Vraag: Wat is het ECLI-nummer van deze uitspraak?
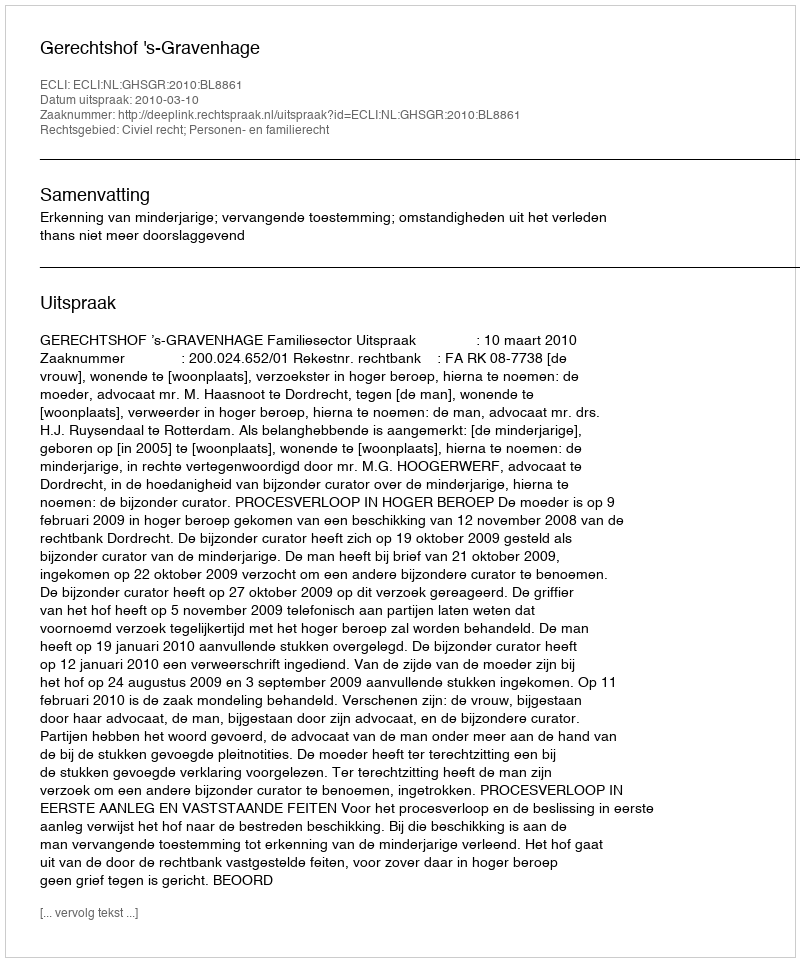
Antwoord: ECLI:NL:GHSGR:2010:BL8861